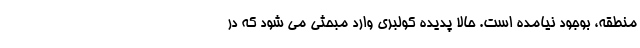
منطقه، بوجود نیامده است. حالا پدیده کولبری وارد مبحثی می شود که در